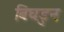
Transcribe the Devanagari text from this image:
बिघडुन